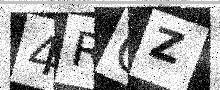
Text: 4RQZ